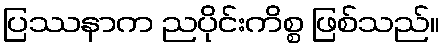
ပြဿနာက ညပိုင်းကိစ္စ ဖြစ်သည်။